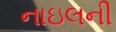
નાઇલની